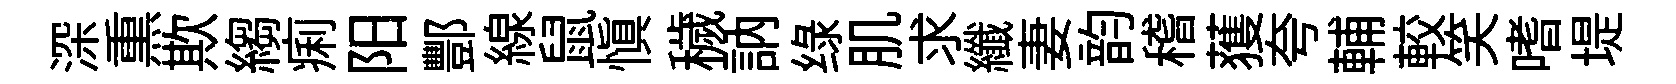
深𤋱欺縐痢阳酆線鼠愼穢訥绿肌求纖妻韵稽𫉬夸輔較笑嗜堤